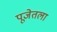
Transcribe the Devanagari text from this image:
पूजेतला